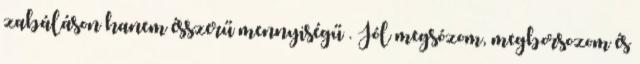
zabáláson hanem ésszerű mennyiségű . Jól megsózom, megborsozom és